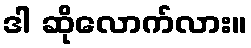
ဒါ ဆိုလောက်လား။